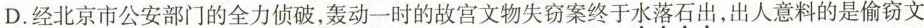
D.经北京市公安部门的全力侦破，轰动一时的故宫文物失窃案终于\underset{·}{水}\underset{·}{落}\underset{·}{石}\underset{·}{出}，出人意料的是偷窃文